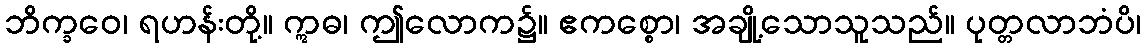
ဘိက္ခဝေ၊ ရဟန်းတို့။ ဣဓ၊ ဤလောက၌။ ဧကစ္စော၊ အချို့သောသူသည်။ ပုတ္တလာဘံပိ၊